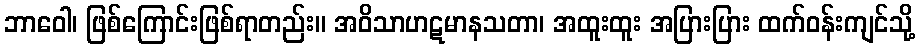
ဘာဝေါ၊ ဖြစ်ကြောင်းဖြစ်ရာတည်း။ အဝိသာဟဋမာနသတာ၊ အထူးထူး အပြားပြား ထက်ဝန်းကျင်သို့